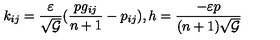
k _ { i j } = \frac { \varepsilon } { \sqrt { \cal G } } ( \frac { p g _ { i j } } { n + 1 } - p _ { i j } ) , h = \frac { - \varepsilon p } { ( n + 1 ) \sqrt { \cal G } }